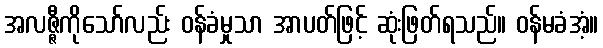
အလဇ္ဇီကိုသော်လည်း ဝန်ခံမှုသာ အာပတ်ဖြင့် ဆုံးဖြတ်ရသည်။ ဝန်မခံအံ့။